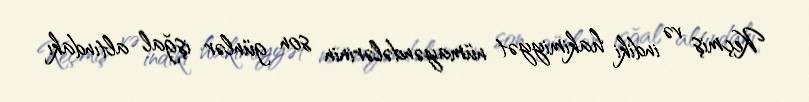
Keçmiş və indiki hakimiyyət nümayəndələrinin son günlər işğal altındakı